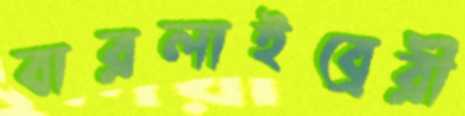
বারলাইব্রেরী